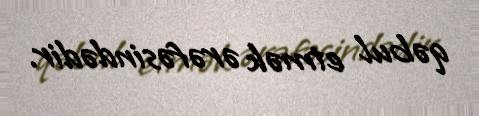
qəbul etmək ərəfəsindədir.